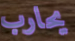
يحارب